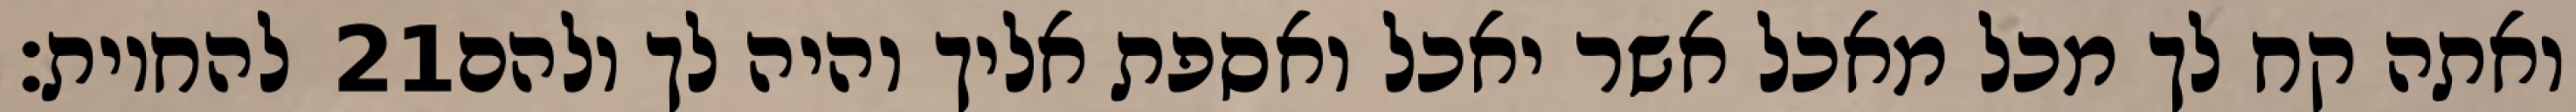
להחיות׃ ‎21‏ ואתה קח לך מכל מאכל אשר יאכל ואספת אליך והיה לך ולהם